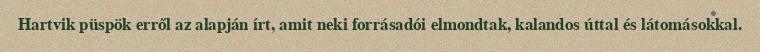
Hartvik püspök erről az alapján írt, amit neki forrásadói elmondtak, kalandos úttal és látomásokkal.